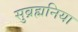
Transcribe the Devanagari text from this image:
सुब्रह्मनिया